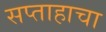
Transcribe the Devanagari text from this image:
सप्ताहाचा